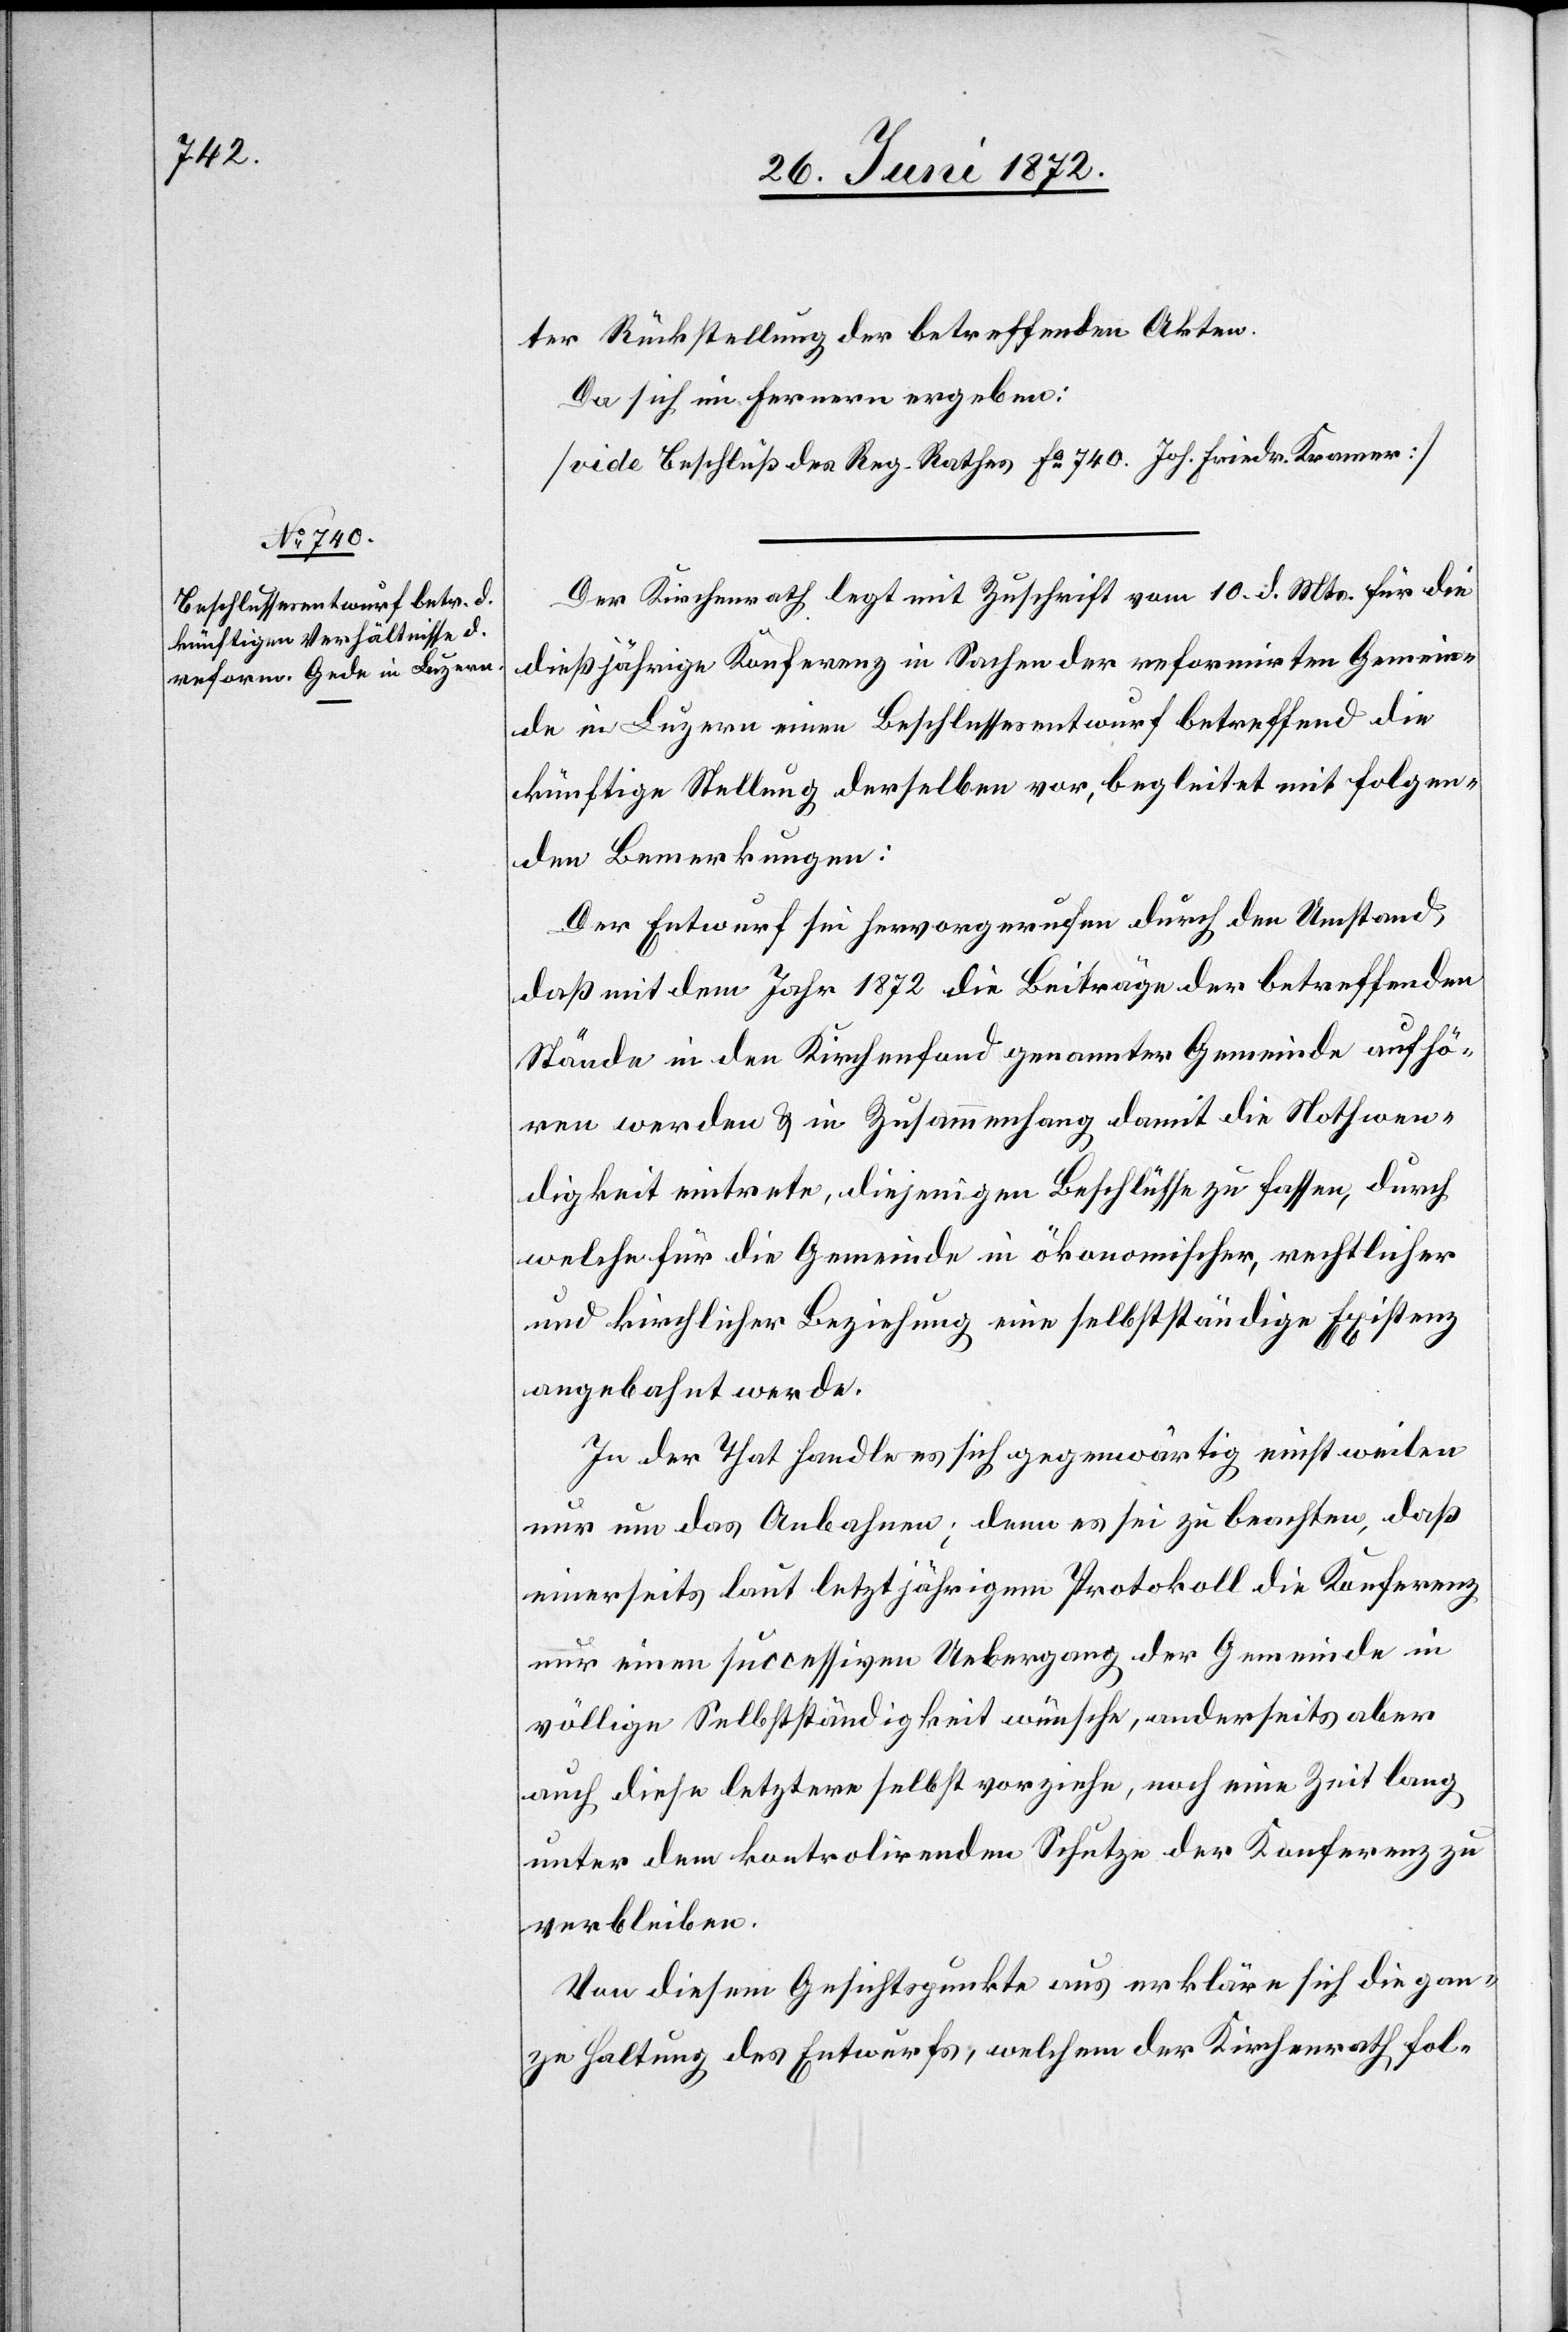
ter Rückstellung der betreffenden Akten.
Da sich im Fernern ergeben:
[vide Beschluß des Reg-Rathes Fo 740. Joh. Friedr. Kramer]
Der Kirchenrath legt mit Zuschrift vom 10. d. Mts. für die
dießjährige Konferenz in Sachen der reformirten Gemein¬
de in Luzern einen Beschlussesentwurf betreffend die
künftige Stellung derselben vor, begleitet mit folgen¬
den Bemerkungen:
Der Entwurf sei hervorgerufen durch den Umstand,
daß mit dem Jahr 1872 die Beiträge der betreffenden
Stände in den Kirchenfond genannter Gemeinde aufhö¬
ren werden u. in Zusammenhang damit die Nothwen¬
digkeit eintrete, diejenigen Beschlüsse zu fassen, durch
welche für die Gemeinde in ökonomischer, rechtlicher
und kirchlicher Beziehung eine selbstständige Existenz
angebahnt werde.
In der That handle es sich gegenwärtig einstweilen
nur um das Anbahnen; denn es sei zu beachten, daß
einerseits laut letztjährigem Protokoll die Konferenz
nur einen successiven Uebergang der Gemeinde in
völlige Selbstständigkeit wünsche, anderseits aber
auch diese letztere selbst vorziehe, noch eine Zeit lang
unter dem kontrolirenden Schutze der Konferenz zu
verbleiben.
Von diesem Gesichtspunkte aus erkläre sich die gan¬
ze Haltung des Entwurfs, welchem der Kirchenrath fol-